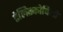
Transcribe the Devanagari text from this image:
टेलिस्कोपियो